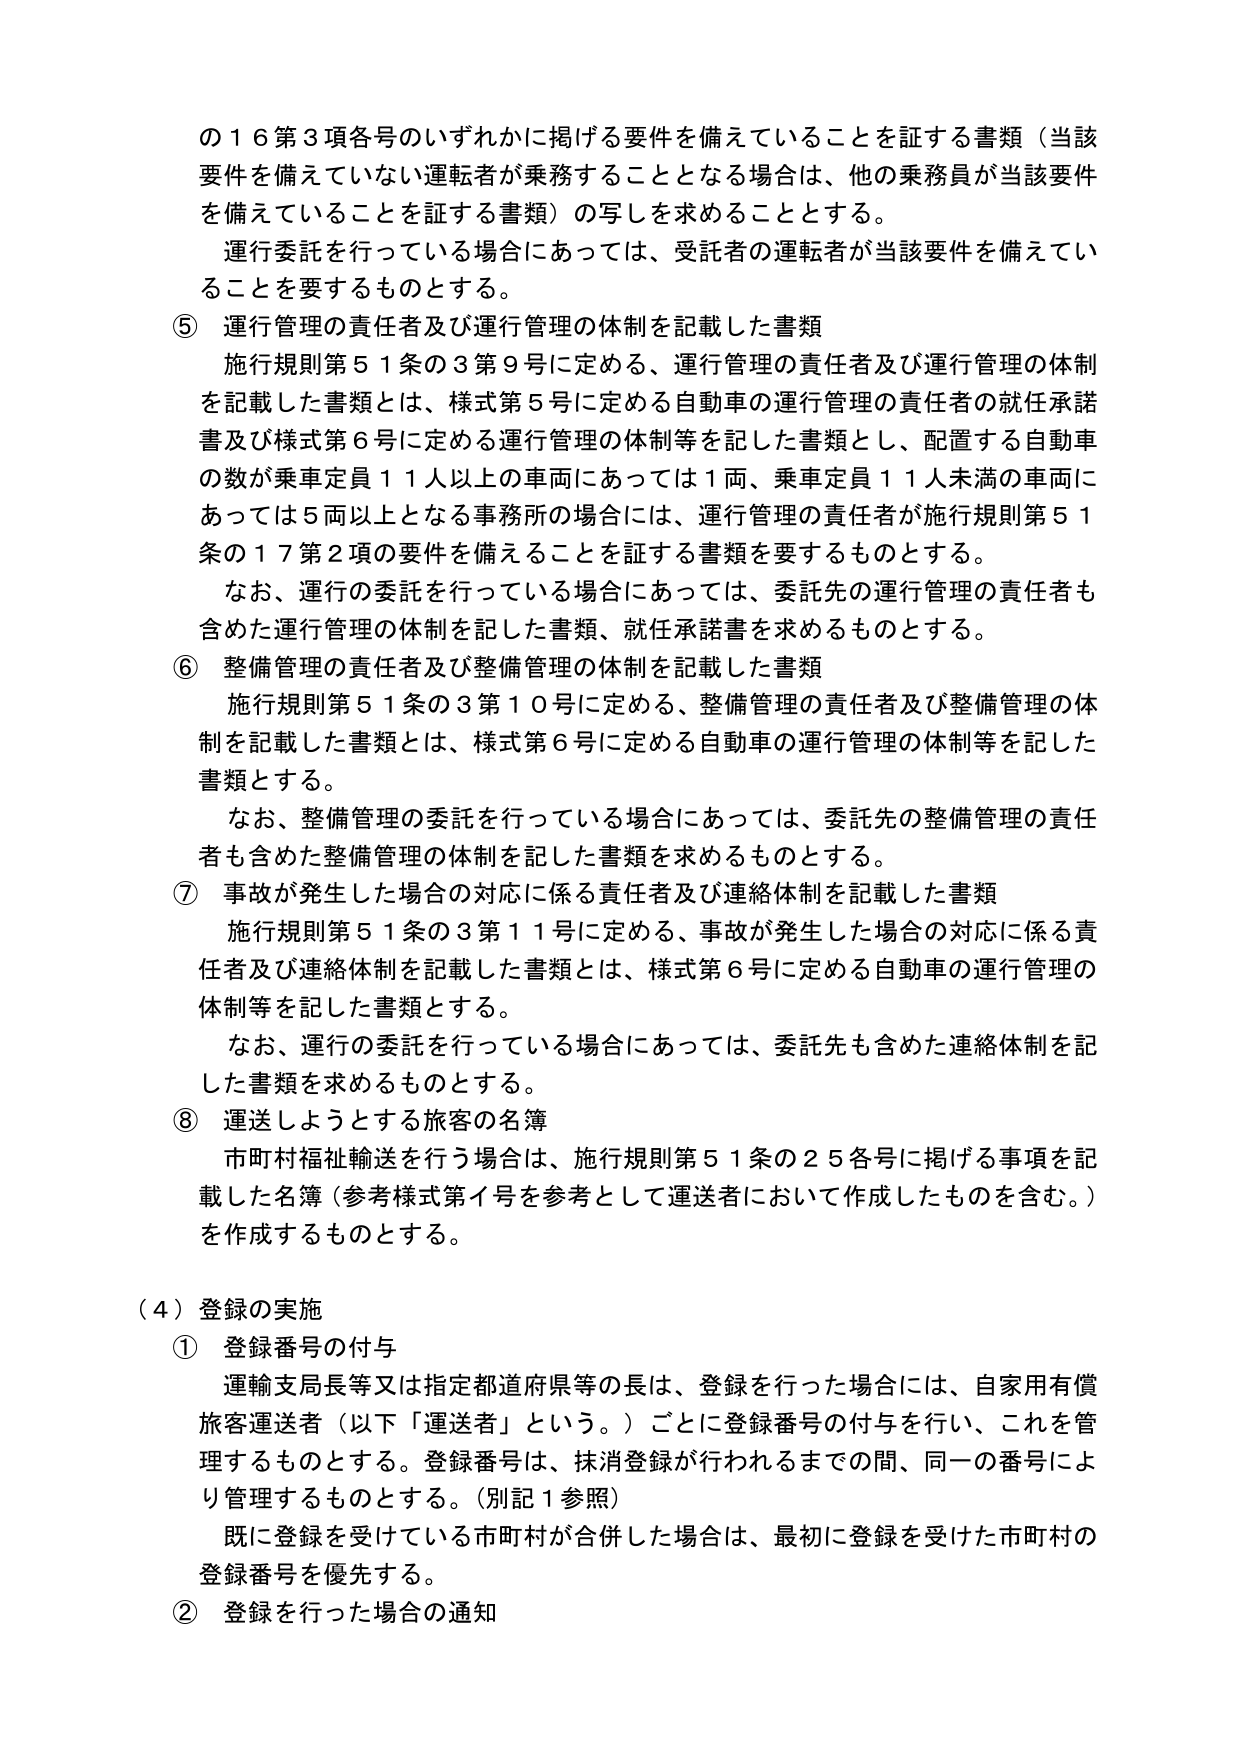
の１６第３項各号のいずれかに掲げる要件を備えていることを証する書類（当該要件を備えていない運転者が乗務することとなる場合は、他の乗務員が当該要件を備えていることを証する書類）の写しを求めることとする。

運行委託を行っている場合にあっては、受託者の運転者が当該要件を備えていることを要するものとする。

⑤ 運行管理の責任者及び運行管理の体制を記載した書類

施行規則第５１条の３第９号に定める、運行管理の責任者及び運行管理の体制を記載した書類とは、様式第５号に定める自動車の運行管理の責任者の就任承諾書及び様式第６号に定める運行管理の体制等を記した書類とし、配置する自動車の数が乗車定員１１人以上の車両にあっては１両、乗車定員１１人未満の車両にあっては５両以上となる事務所の場合には、運行管理の責任者が施行規則第５１条の１７第２項の要件を備えることを証する書類を要するものとする。

なお、運行の委託を行っている場合にあっては、委託先の運行管理の責任者も含めた運行管理の体制を記した書類、就任承諾書を求めるものとする。

⑥ 整備管理の責任者及び整備管理の体制を記載した書類

施行規則第５１条の３第１０号に定める、整備管理の責任者及び整備管理の体制を記載した書類とは、様式第６号に定める自動車の運行管理の体制等を記した書類とする。

なお、整備管理の委託を行っている場合にあっては、委託先の整備管理の責任者も含めた整備管理の体制を記した書類を求めるものとする。

⑦ 事故が発生した場合の対応に係る責任者及び連絡体制を記載した書類

施行規則第５１条の３第１１号に定める、事故が発生した場合の対応に係る責任者及び連絡体制を記載した書類とは、様式第６号に定める自動車の運行管理の体制等を記した書類とする。

なお、運行の委託を行っている場合にあっては、委託先も含めた連絡体制を記した書類を求めるものとする。

⑧ 運送しようとする旅客の名簿

市町村福祉輸送を行う場合は、施行規則第５１条の２５各号に掲げる事項を記載した名簿（参考様式第イ号を参考として運送者において作成したものも含む。）を作成するものとする。

（４）登録の実施

① 登録番号の付与

運輸支局長等又は指定都道府県等の長は、登録を行った場合には、自家用有償旅客運送者（以下「運送者」という。）ごとに登録番号の付与を行い、これを管理するものとする。登録番号は、抹消登録が行われるまでの間、同一の番号により管理するものとする。（別記１参照）

既に登録を受けている市町村が合併した場合は、最初に登録を受けた市町村の登録番号を優先する。

② 登録を行った場合の通知